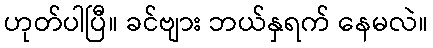
ဟုတ်ပါပြီ။ ခင်ဗျား ဘယ်နှရက် နေမလဲ။